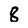
Character: 8